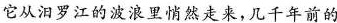
它从汨罗江的波浪里悄然走来，几千年前的